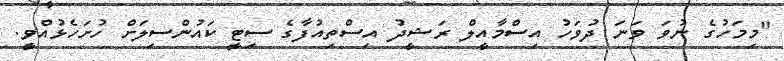
"މިމަހުގެ ނުވަ ވަނަ ދުވަހު އިސްމާއީލް ރަޝީދު އިސްތިއުފާގެ ސިޓީ ކައުންސިލަށް ހުށަހެޅުއްވީ.